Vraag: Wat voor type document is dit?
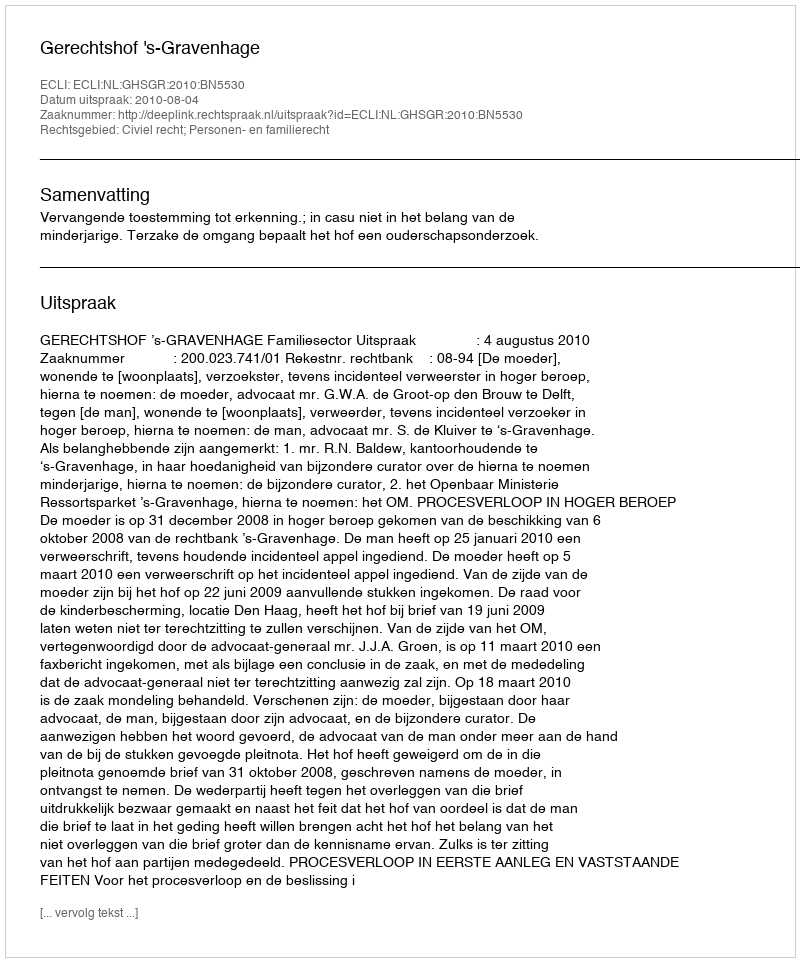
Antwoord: Uitspraak